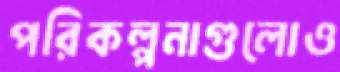
পরিকল্পনাগুলোও